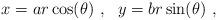
LaTeX: \begin{align*} x=ar\cos(\theta)\ ,\ \ y=br\sin(\theta)\ ,\end{align*}